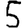
Digit: 5